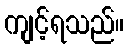
ကျင့်ရသည်။